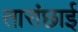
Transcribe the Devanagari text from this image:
तारांछाई